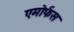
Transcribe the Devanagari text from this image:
एमोर्फस